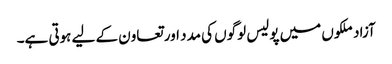
آزاد ملکوں میں پولیس لوگوں کی مدد اور تعاون کے لیے ہوتی ہے۔